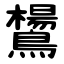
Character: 鸉